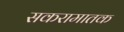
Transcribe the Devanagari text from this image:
सकरामातक